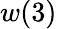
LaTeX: w(3)